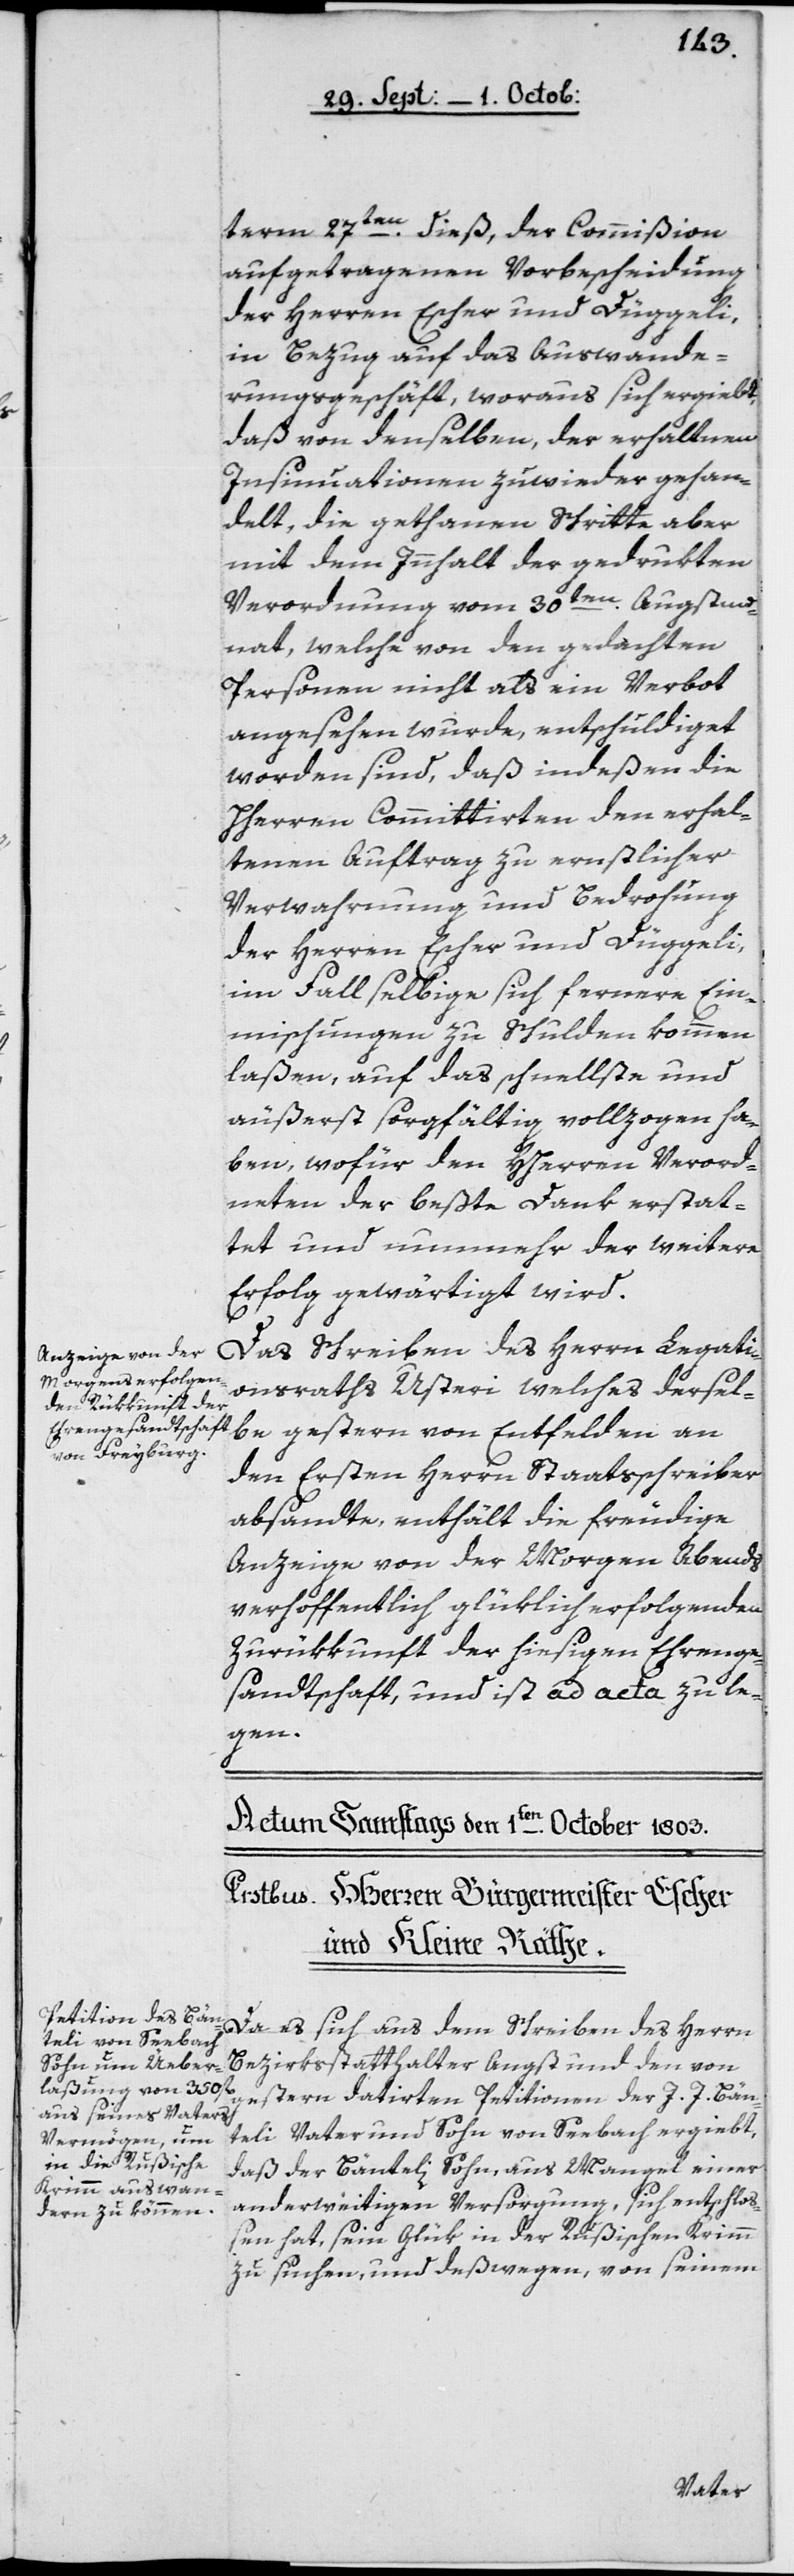
term 27ten dieß, der Commißion
aufgetragenen Vorbescheidung
in Bezug auf das Auswande¬
rungsgeschäft, woraus sich ergiebt,
daß von denselben, der erhaltenen
Insinuationen zuwieder gehan¬
delt, die gethanen Schritte aber
mit dem Innhalt der gedrukten
Verordnung vom 30ten Augstmo¬
nat, welche von den gedachten
Personen nicht als ein Verbot
angesehen wurde, entschuldiget
worden sind, daß indeßen die
Herren Committirten den erhal¬
tenen Auftrag zu ernstlicher
Verwarnung und Bedrohung
der Herren Escher und Düggeli,
im Fall selbige sich fernere Ein¬
mischungen zu Schulden kommen
laßen, auf das schnellste und
äußerst sorgfältig vollzogen ha¬
ben, wofür den Herren Verord¬
neten der beßte Dank erstat¬
tet und nunmehr der weitere
Erfolg gewärtigt wird.
Das Schreiben des Herrn Legati¬
onsraths Usteri, welches dersel¬
be gestern von Entfelden an
den Ersten Herrn Staatsschreiber
absandte, enthält die freudige
Anzeige von der Morgen Abends
verhoffentlich glüklich erfolgenden
Zurükkunft der hiesigen Ehrenge¬
sandtschaft, und ist ad acta zu le¬
gen.
Da es sich aus dem Schreiben des Herrn
Bezirksstatthalter Angst und den von
gestern datirten Petitionen der J. J. Bän¬
teli Vater und Sohn, von Seebach ergiebt,
daß der Bänteli Sohn, aus Mangel einer
anderweitigen Versorgung, sich entschloß¬
en hat, sein Glük in der Rußischen Krimm
zu suchen, und deßwegen von seinem